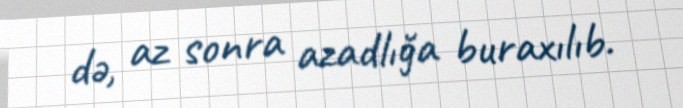
də, az sonra azadlığa buraxılıb.